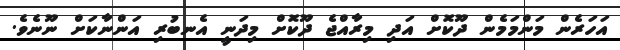
އަހަރެން މަންމަމެން ދޫކޮށް އަދި މިރާއްޖެ ދޫކޮށް މިދަނީ އެނބުރި އަންނާކަށް ނޫނެވެ.